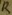
Text: R